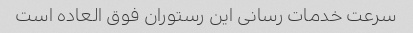
سرعت خدمات رسانی این رستوران فوق العاده است